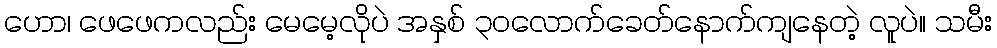
ဟော၊ ဖေဖေကလည်း မေမေ့လိုပဲ အနှစ် ၃၀လောက်ခေတ်နောက်ကျနေတဲ့ လူပဲ။ သမီး